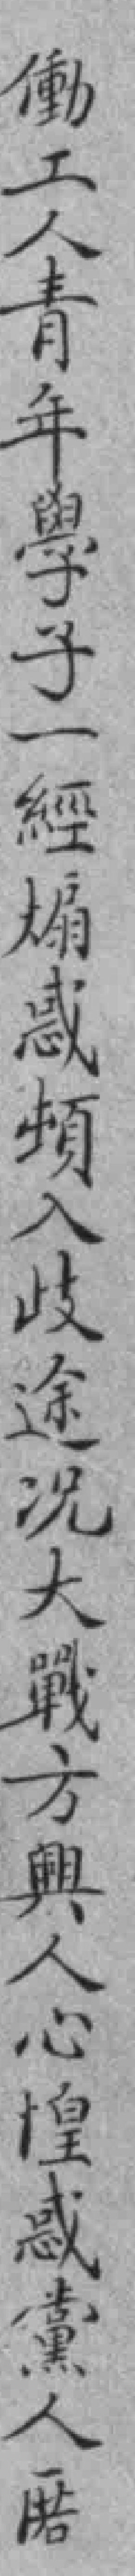
働工人青年學子一經煽惑頓入歧途况大戰方興人心惶感黨人匿